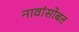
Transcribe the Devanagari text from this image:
नावांसोबत